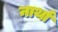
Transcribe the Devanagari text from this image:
नार्था